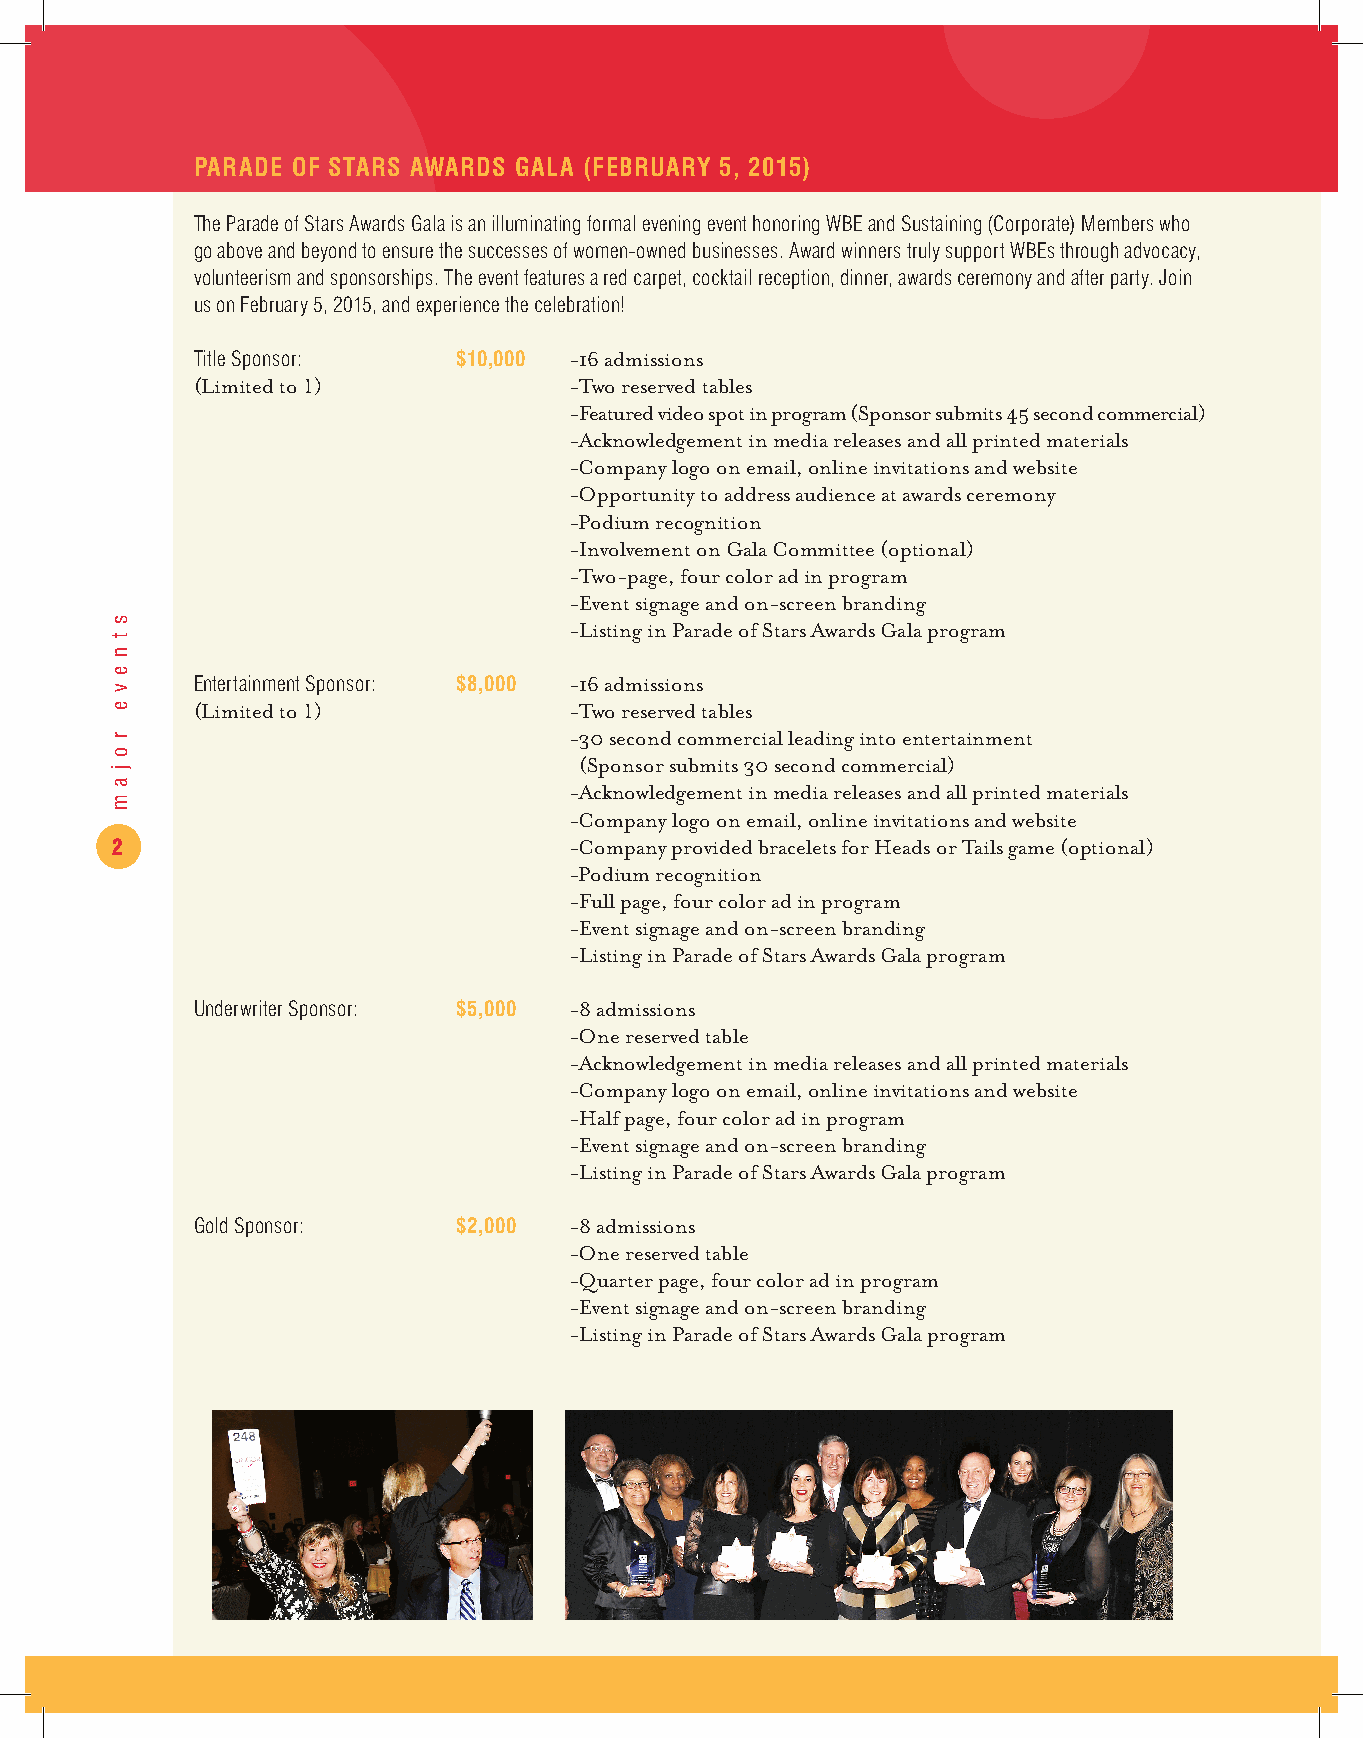
PARADE OF STARS AWARDS GALA (FEBRUARY 5, 2015)
 The Parade of Stars Awards Gala is an illuminating formal evening event honoring WBE and Sustaining (Corporate) Members who
 go above and beyond to ensure the successes of women-owned businesses. Award winners truly support WBEs through advocacy,
 volunteerism and sponsorships. The event features a red carpet, cocktail reception, dinner, awards ceremony and after party. Join
 us on February 5, 2015, and experience the celebration!
 Title Sponsor:   $10,000 -16 admissions
 (Limited to 1)           -Two reserved tables
 -Featured video spot in program (Sponsor submits 45 second commercial)
 -Acknowledgement in media releases and all printed materials
 -Company logo on email, online invitations and website
 -Opportunity to address audience at awards ceremony
 -Podium recognition
 -Involvement on Gala Committee (optional)
 -Two-page, four color ad in program
 -Event signage and on-screen branding
 -Listing in Parade of Stars Awards Gala program
 Entertainment Sponsor: $8,000 -16 admissions
 (Limited to 1)           -Two reserved tables
 -30 second commercial leading into entertainment
 (Sponsor submits 30 second commercial)
 -Acknowledgement in media releases and all printed materials
 -Company logo on email, online invitations and website
 2                              -Company provided bracelets for Heads or Tails game (optional)
 -Podium recognition
 -Full page, four color ad in program
 -Event signage and on-screen branding
 -Listing in Parade of Stars Awards Gala program
 Underwriter Sponsor: $5,000 -8 admissions
 -One reserved table
 -Acknowledgement in media releases and all printed materials
 -Company logo on email, online invitations and website
 -Half page, four color ad in program
 -Event signage and on-screen branding
 -Listing in Parade of Stars Awards Gala program
 Gold Sponsor:    $2,000  -8 admissions
 -One reserved table
 -Quarter page, four color ad in program
 -Event signage and on-screen branding
 -Listing in Parade of Stars Awards Gala program
 s
 t
 n
 e
 v
 e
 r
 o
 j
 a
 m